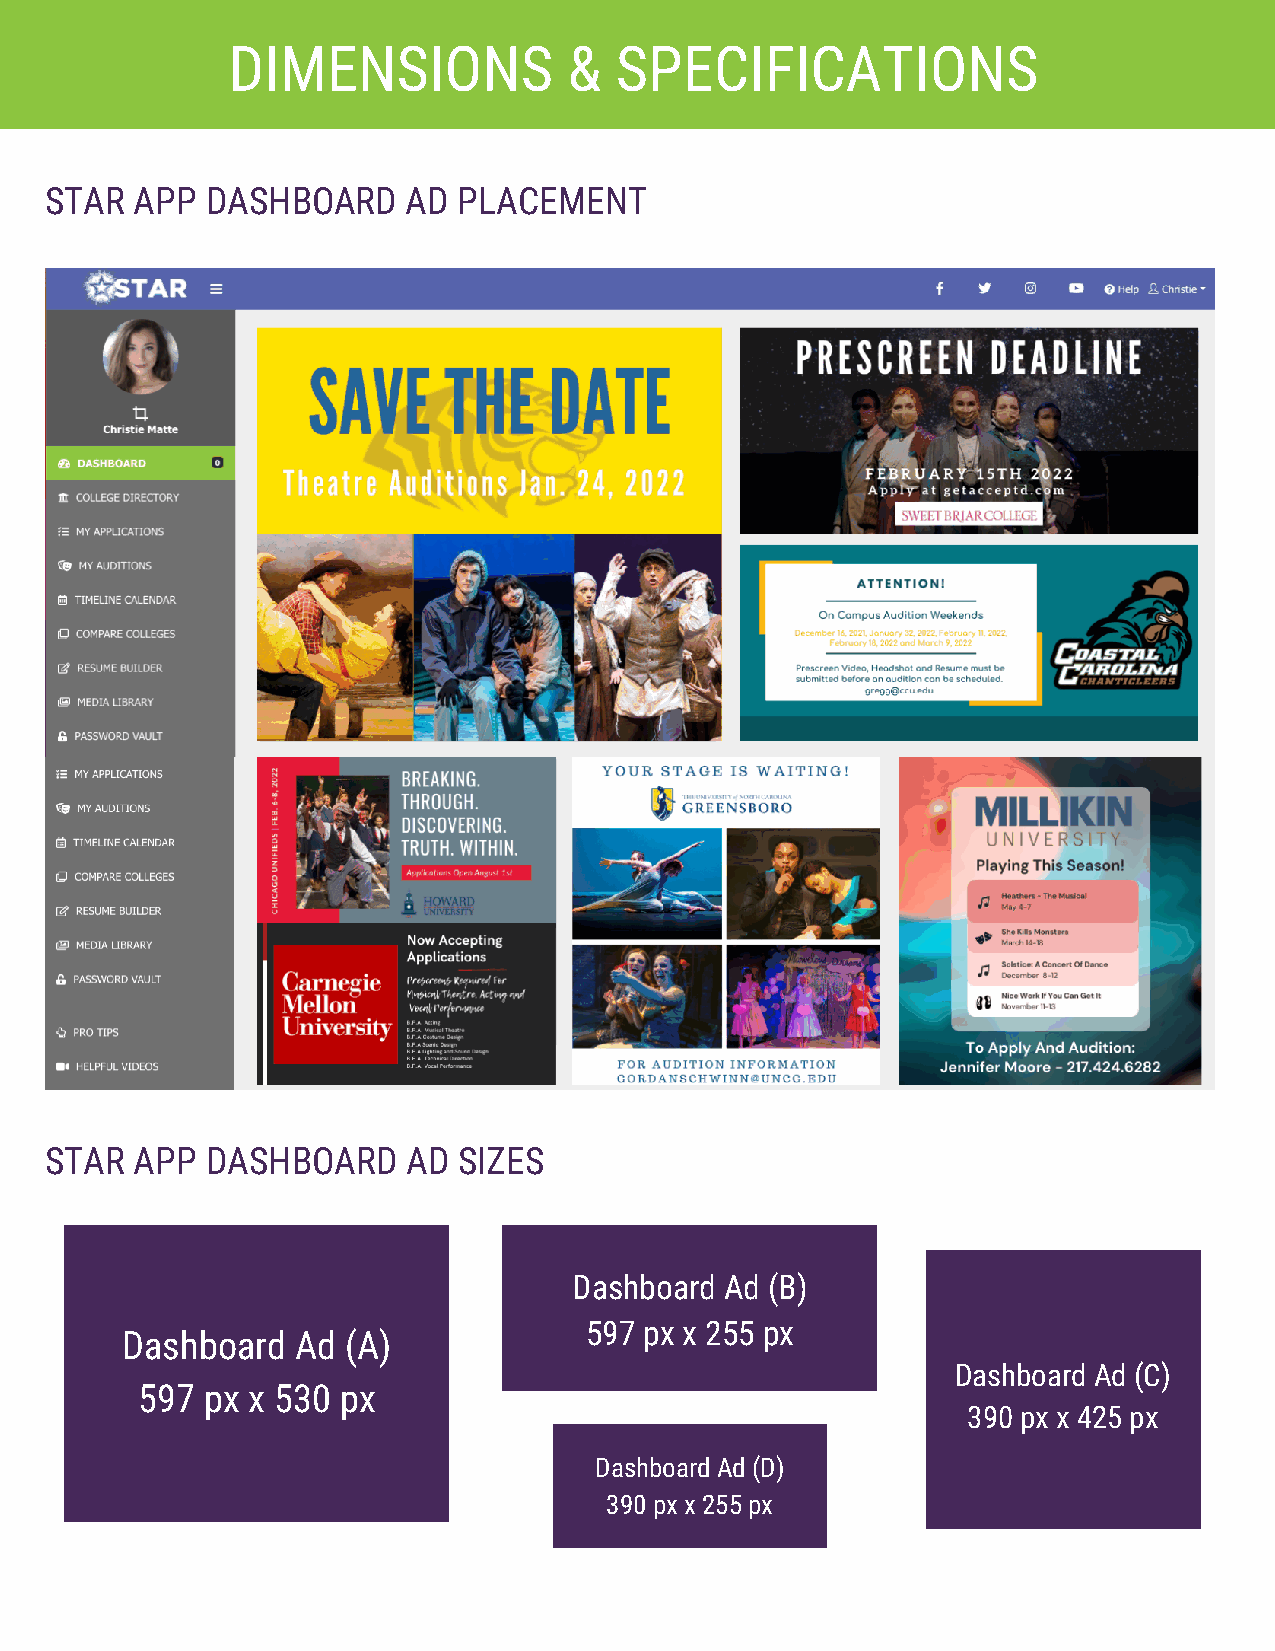
DIMENSIONS             &  SPECIFICATIONS
 STAR  APP  DASHBOARD    AD PLACEMENT
 STAR  APP  DASHBOARD    AD SIZES
 Dashboard Ad (B)
 597 px x 255 px
 Dashboard   Ad (A)
 Dashboard Ad (C)
 597 px x 530 px
 390 px x 425 px
 Dashboard Ad (D)
 390 px x 255 px